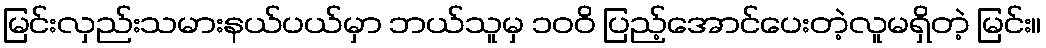
မြင်းလှည်းသမားနယ်ပယ်မှာ ဘယ်သူမှ ၁၀၀ိ ပြည့်အောင်ပေးတဲ့လူမရှိတဲ့ မြင်း။